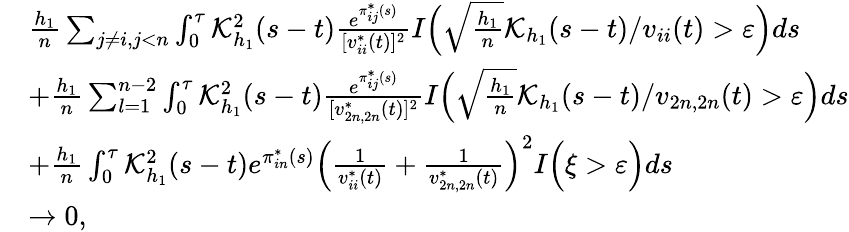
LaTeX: \begin{array}{rl}&{\frac{h_{1}}{n}\sum_{j\neq i,j<n}\int_{0}^{\tau}\mathcal{K}_{h_{1}}^{2}(s-t)\frac{e^{\pi_{ij}^{*}(s)}}{[v_{ii}^{*}(t)]^{2}}I\Big(\sqrt{\frac{h_{1}}{n}}\mathcal{K}_{h_{1}}(s-t)/v_{ii}(t)>\varepsilon\Big)ds}\\ &{+\frac{h_{1}}{n}\sum_{l=1}^{n-2}\int_{0}^{\tau}\mathcal{K}_{h_{1}}^{2}(s-t)\frac{e^{\pi_{ij}^{*}(s)}}{[v_{2n,2n}^{*}(t)]^{2}}I\Big(\sqrt{\frac{h_{1}}{n}}\mathcal{K}_{h_{1}}(s-t)/v_{2n,2n}(t)>\varepsilon\Big)ds}\\ &{+\frac{h_{1}}{n}\int_{0}^{\tau}\mathcal{K}_{h_{1}}^{2}(s-t)e^{\pi_{in}^{*}(s)}\Big(\frac{1}{v_{ii}^{*}(t)}+\frac{1}{v_{2n,2n}^{*}(t)}\Big)^{2}I\Big(\xi>\varepsilon\Big)ds}\\ &{\rightarrow 0,}\end{array}